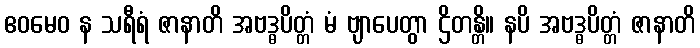
ဧဝမေဝ န သရီရံ ဇာနာတိ အဗဒ္ဓပိတ္တံ မံ ဗျာပေတွာ ဌိတန္တိ။ နပိ အဗဒ္ဓပိတ္တံ ဇာနာတိ